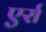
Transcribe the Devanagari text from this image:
एर्रा